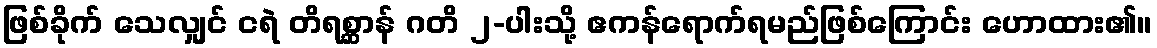
ဖြစ်ခိုက် သေလျှင် ငရဲ တိရစ္ဆာန် ဂတိ ၂-ပါးသို့ ဧကန်ရောက်ရမည်ဖြစ်ကြောင်း ဟောထား၏။